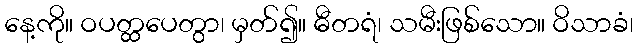
နေ့ကို။ ဝပတ္ထပေတွာ၊ မှတ်၍။ ဓီတရံ၊ သမီးဖြစ်သော။ ဝိသာခံ၊